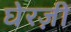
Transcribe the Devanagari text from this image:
घेरज़ी